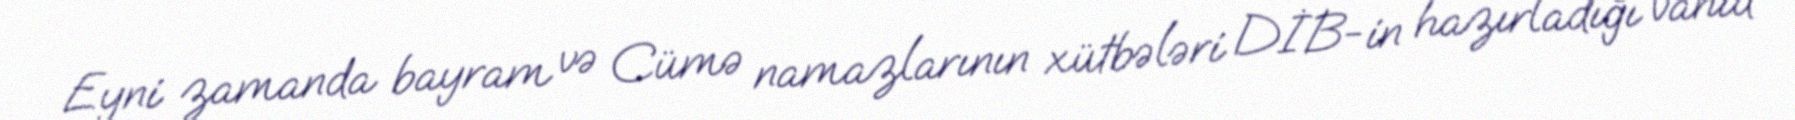
Eyni zamanda bayram və Cümə namazlarının xütbələri DİB-in hazırladığı vahid